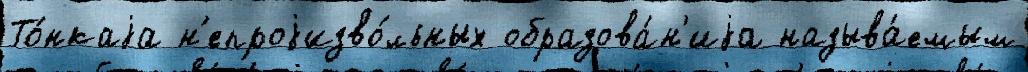
То́нкаjа н'епроjизво́льных образова́н'иjа называ́емым